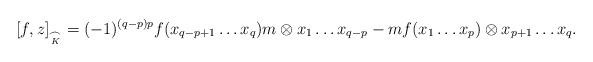
LaTeX: \begin{align*} [f, z]_{\underset{K}{\frown}} = (-1)^{(q-p)p} f(x_{q-p+1} \ldots x_q)m \otimes x_1 \ldots x_{q-p} - mf(x_1 \ldots x_p) \otimes x_{p+1} \ldots x_{q}.\end{align*}